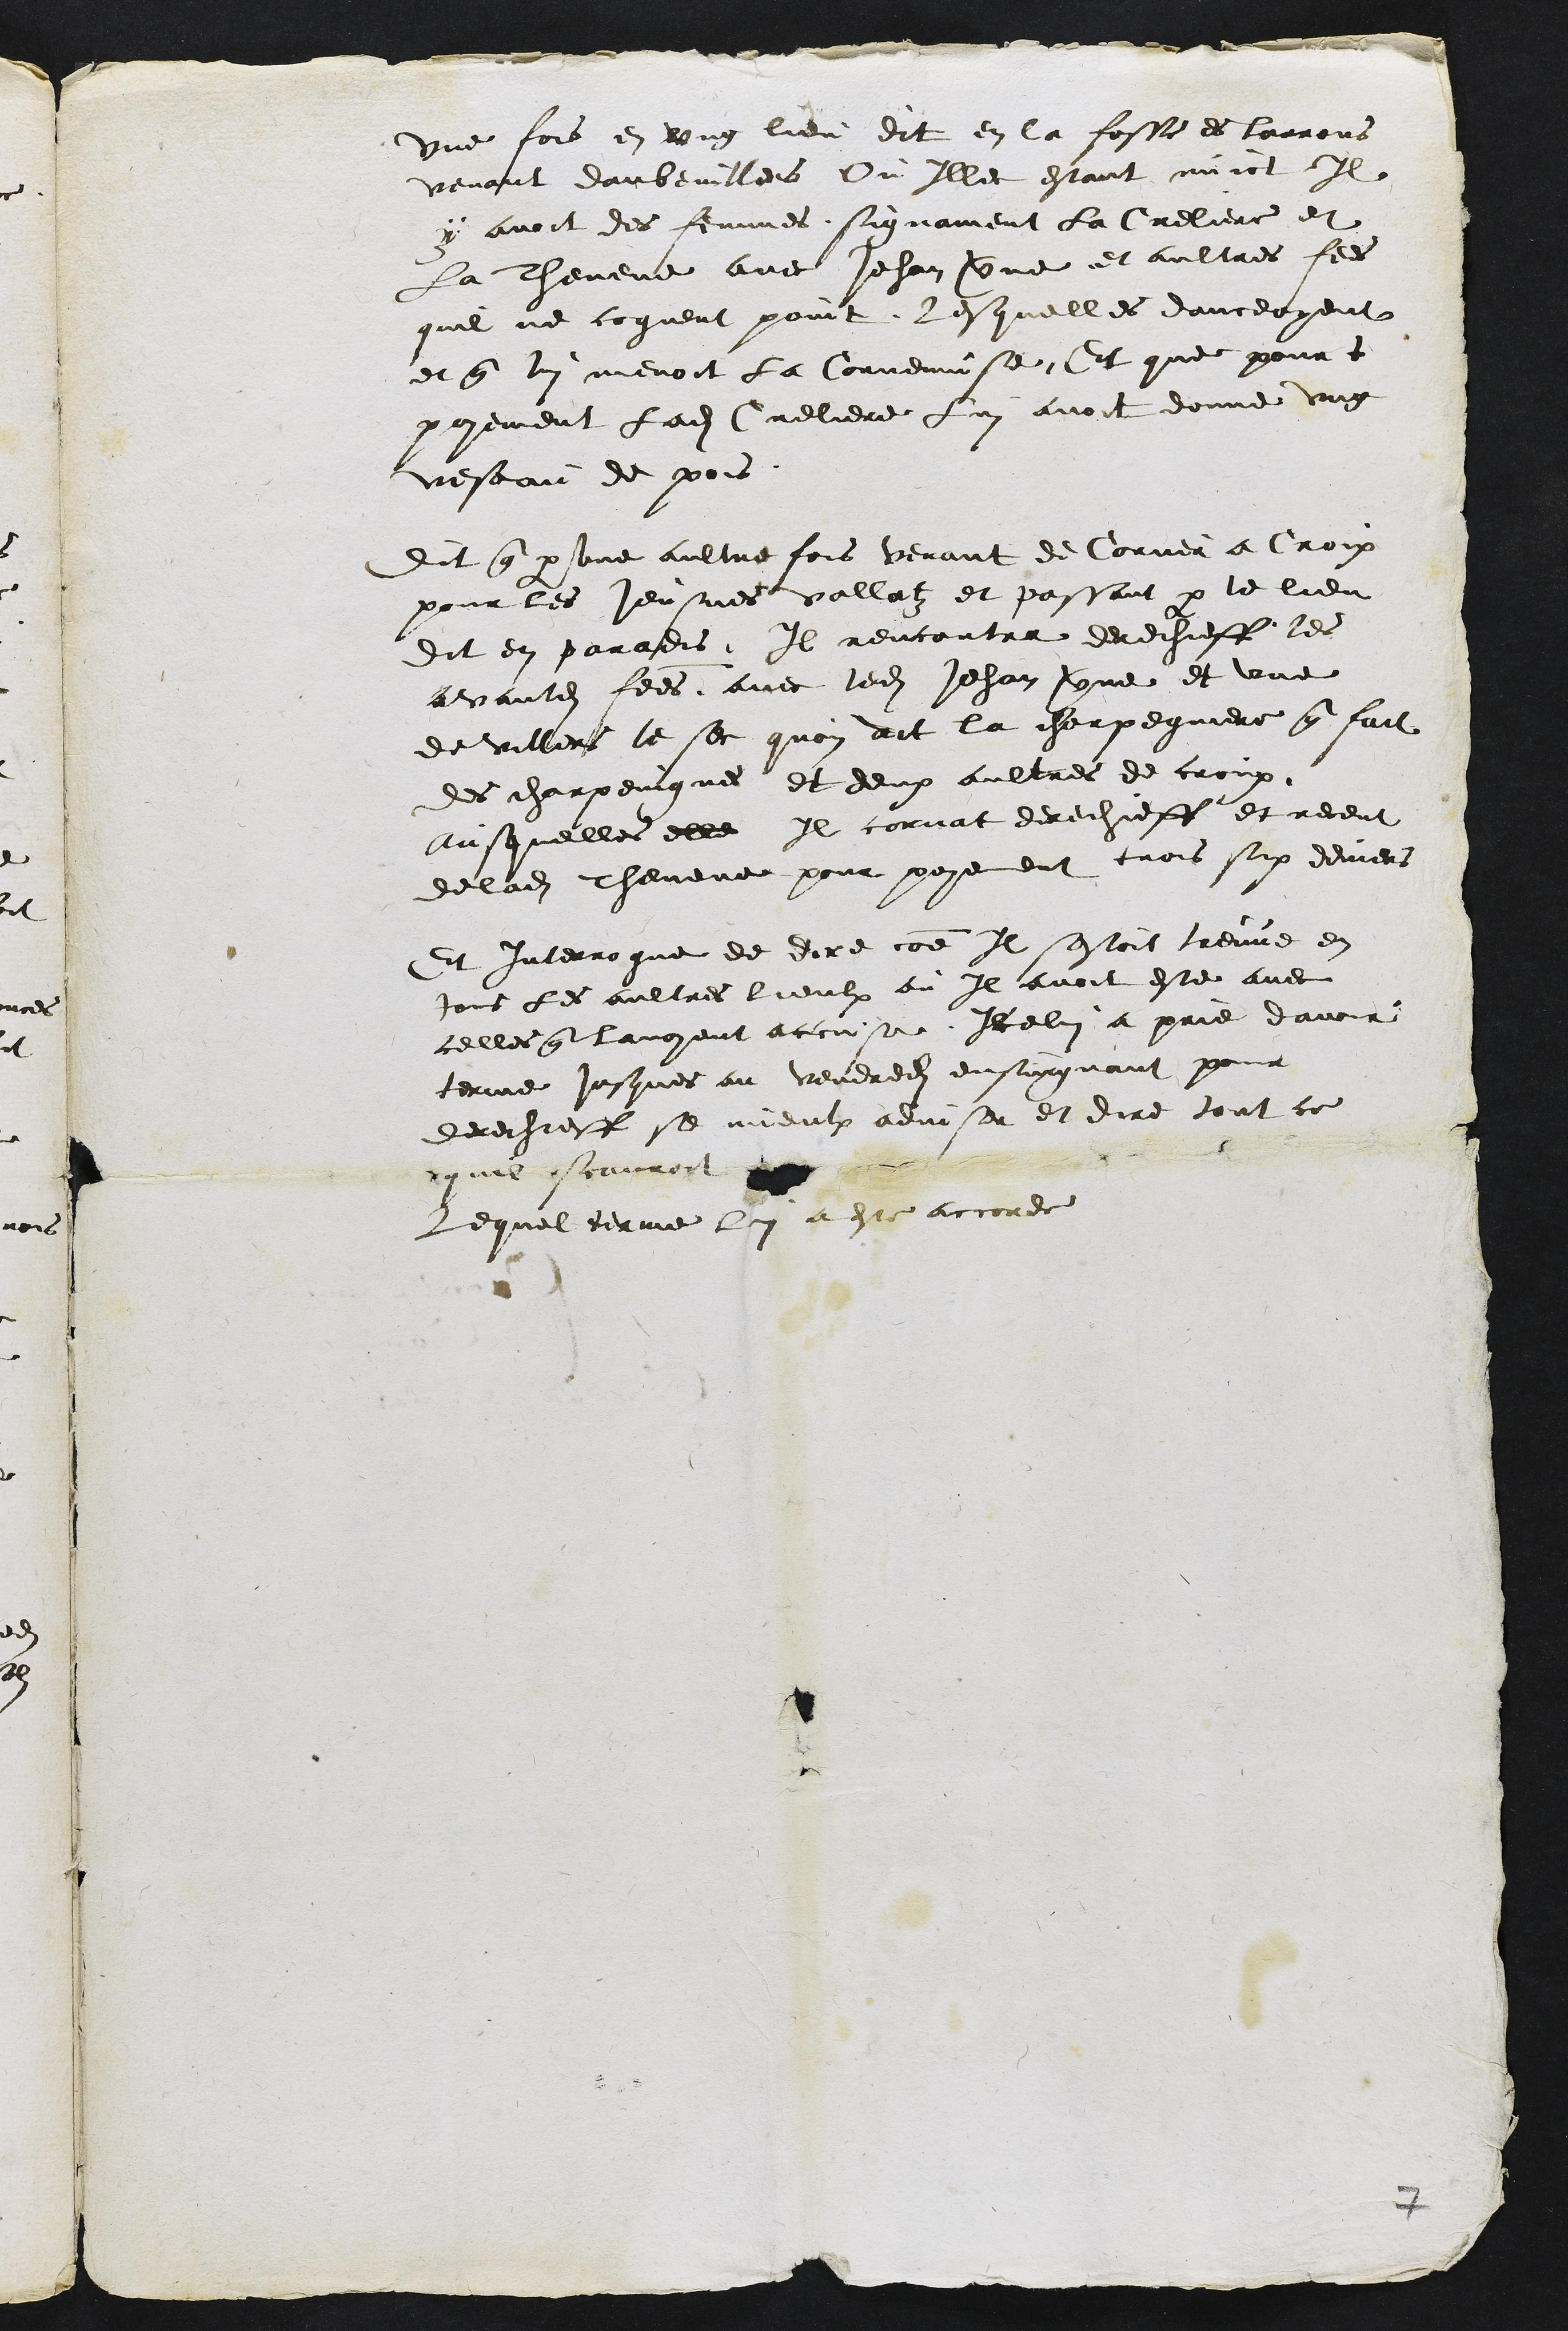
une fois en ung lieu dit en la fosse es larrons
venant daubevillers Ou Illec estant nuict Il
y avoit des femmes signament la Creliere et
La Thevene avec Jehan Verne et aultres femmes
quil ne cogneut point lesquelles danceoyent
et que lui menoit la Cornemusee Et que pour t
payement ladite Creliere Lui avoit donne ung
veseau de pois
Dit que par une aultre fois venant de Corner a Croix
pour les Jeusnes vallatz et passant par le lieu
Dit en paradis Il rencontra derechieff les
avantdites femmes avec ledit Jehan Verne et une
de Villers le sec quon dit la charpegniere que fait
des charpeingnes et deux aultres de croix
ausquelles elle Il cornat derechieff et receut
de ladite Thevene pour payement trois six deniers
et interrogue de dire comme Il sestoit treuve en
tous les aultres lieulx ou Il avoit este avec
celles que lavoyent accuse Icelui a prie davoir
terme jusques au vendredi ensuiguant pour
derechieff se mieulx adviser et dire tout ce
quil scauroit
Lequel terme lui a este accorde

7